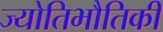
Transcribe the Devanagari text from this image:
ज्योतिभौतिकी